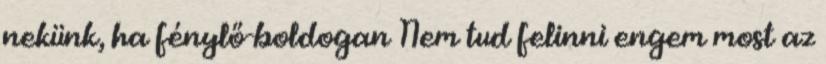
nekünk, ha fénylő-boldogan Nem tud felinni engem most az